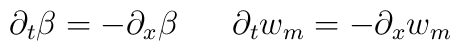
\partial_t\beta = -\partial_x \beta~~~~~\partial_t w_m= -\partial_x w_m